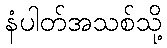
နံပါတ်အသစ်သို့